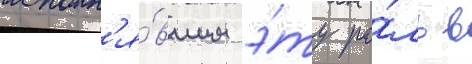
исполн'я́вшим э́ту ро́ль в